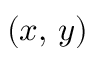
( x , \, y )